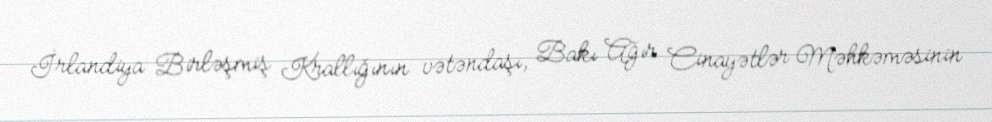
İrlandiya Birləşmiş Krallığının vətəndaşı, Bakı Ağır Cinayətlər Məhkəməsinin